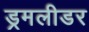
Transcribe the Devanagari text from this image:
ड्रमलीडर